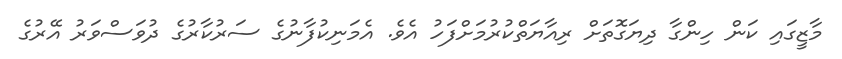
މާޒީގައި ކަން ހިންގާ ދިޔަގޮތަށް ރިއާޔަތްކުރުމަށްފަހު އެވެ. އެމަނިކުފާނުގެ ސަރުކާރުގެ ދުވަސްވަރު އޭރުގެ